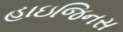
હાઇજિનસ